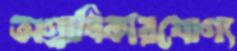
অগ্রাধিকারযোগ্য